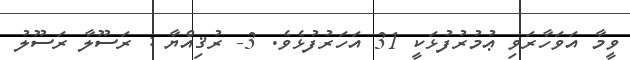
ވީމާ އަވަހާރަވި ޢުމުރުފުޅަކީ 31 އަހަރުފުޅެވެ. 3- ރުޤިއްޔާ : ރަސޫލާ ރަސޫލު